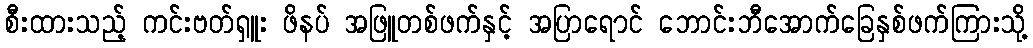
စီးထားသည့် ကင်းဗတ်ရှူး ဖိနပ် အဖြူတစ်ဖက်နှင့် အပြာရောင် ဘောင်းဘီအောက်ခြေနှစ်ဖက်ကြားသို့